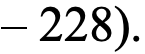
– 228).